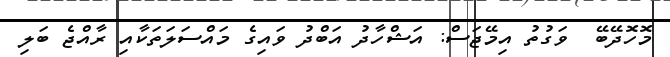
މޮހޮދޭބޭ  ވަގުތު އިމޭޖަސް: އަޝްހާދު އަބްދު ވައިގެ މައްސަލަތަކާއި ރާއްޖެ ބަލި